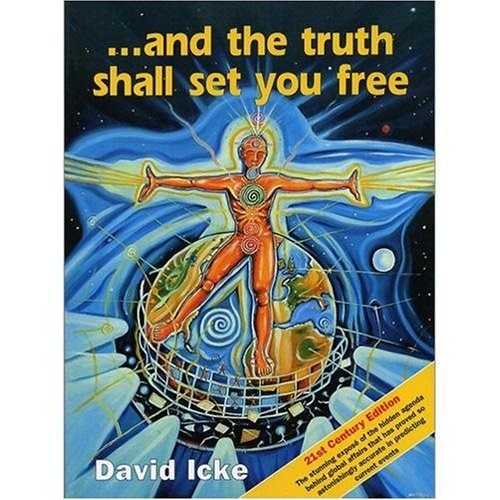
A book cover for And the Truth Shall Set You Free: The 21st Century Edition; David Icke; Religion & Spirituality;